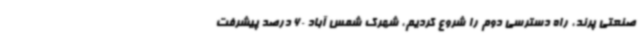
صنعتی پرند، راه دسترسی دوم را شروع کردیم، شهرک شمس آباد 60 درصد پیشرفت